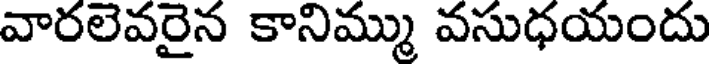
వారలెవరైన కానిమ్ము వసుధయందు